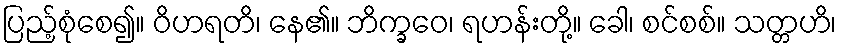
ပြည့်စုံစေ၍။ ဝိဟရတိ၊ နေ၏။ ဘိက္ခဝေ၊ ရဟန်းတို့။ ခေါ၊ စင်စစ်။ သတ္တဟိ၊